Report of the Indian Hemp Drugs Commission, 1894-1895 - Volume VII
Year: 1894
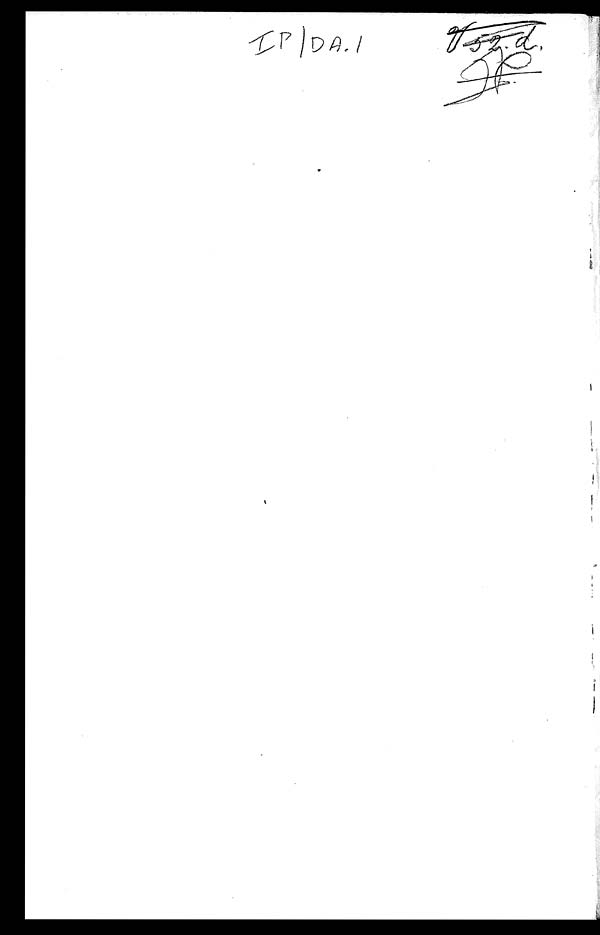
I
:tt